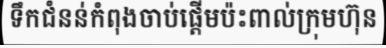
ទឹកជំនន់កំពុងចាប់ផ្តើមប៉ះពាល់ក្រុមហ៊ុន